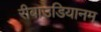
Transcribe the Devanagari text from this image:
रीबाउडियानम